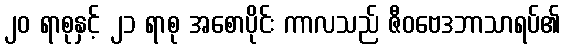
၂၀ ရာစုနှင့် ၂၁ ရာစု အစောပိုင်း ကာလသည် ဇီဝဗေဒဘာသာရပ်၏